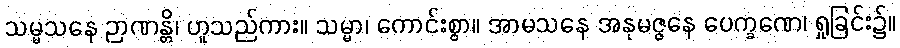
သမ္မသနေ ဉာဏန္တိ၊ ဟူသည်ကား။ သမ္မာ၊ ကောင်းစွာ။ အာမသနေ အနုမဇ္ဇနေ ပေက္ခဏေ၊ ရှုခြင်း၌။